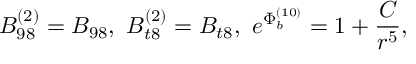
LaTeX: B _ { 9 8 } ^ { ( 2 ) } = B _ { 9 8 } , ~ B _ { t 8 } ^ { ( 2 ) } = B _ { t 8 } , ~ e ^ { { \Phi } _ { b } ^ { ( 1 0 ) } } = { { 1 + { \frac { C } { r ^ { 5 } } } } } ,